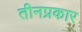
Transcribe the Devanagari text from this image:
तीनप्रकार